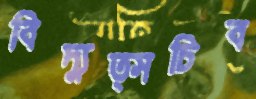
বিদ্যুত্সচিব